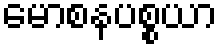
မောစနပစ္စယာ